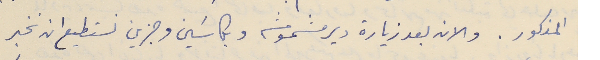
المذكور. والان بعد زيارة دير مشموشه وبكاسَين وجزين نستطيع ان نخبر